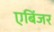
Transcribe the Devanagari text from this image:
एबिंजर